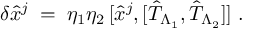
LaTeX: \delta { \hat { x } } ^ { j } \; = \; \eta _ { 1 } \eta _ { 2 } \, [ { \hat { x } } ^ { j } , [ { \hat { T } } _ { \Lambda _ { 1 } } , { \hat { T } } _ { \Lambda _ { 2 } } ] ] \; .